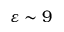
\varepsilon \sim 9